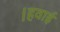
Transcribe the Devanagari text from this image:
।हवाई